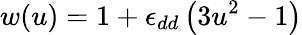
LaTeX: w(u)=1+\epsilon_{dd}\left(3u^{2}-1\right)